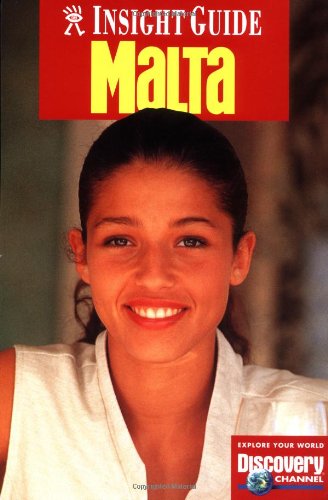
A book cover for Malta (Insight Guide Malta); Insight Guides; Travel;